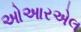
ઓઆરએલ